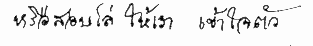
หรือสอบไล่ให้เราเข้าใจตัว